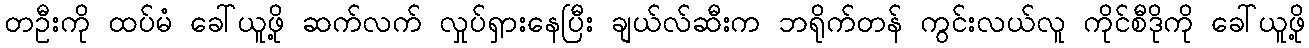
တဦးကို ထပ်မံ ခေါ်ယူဖို့ ဆက်လက် လှုပ်ရှားနေပြီး ချယ်လ်ဆီးက ဘရိုက်တန် ကွင်းလယ်လူ ကိုင်စီဒိုကို ခေါ်ယူဖို့